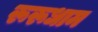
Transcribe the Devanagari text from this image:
रूरूधाम